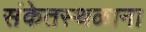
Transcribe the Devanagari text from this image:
संकेतस्थळाना